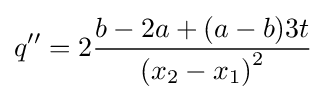
q''=2{\frac {b-2a+(a-b)3t}{{(x_{2}-x_{1})}^{2}}}